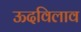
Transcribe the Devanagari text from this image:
ऊदविलाव